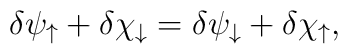
\delta \psi_\uparrow +\delta \chi_\downarrow =\delta \psi_\downarrow +\delta \chi_\uparrow ,